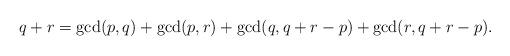
LaTeX: \begin{align*}q+r=\gcd(p,q)+\gcd(p,r)+\gcd(q,q+r-p)+\gcd(r,q+r-p).\end{align*}